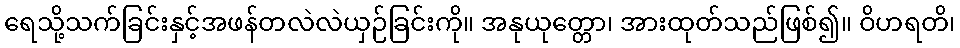
ရေသို့သက်ခြင်းနှင့်အဖန်တလဲလဲယှဉ်ခြင်းကို။ အနုယုတ္တော၊ အားထုတ်သည်ဖြစ်၍။ ဝိဟရတိ၊